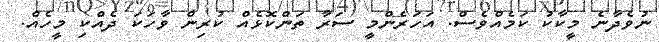
ނުވެދާނެ މީކާކު ކަމެއްވެސް. އަހަރެންމީ ސަރާ ތަންކޮޅެއް ކުރިން ވާހަކަ ދެއްކި މީހެއް.